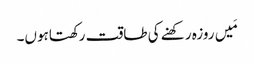
مَیں روزہ رکھنے کی طاقت رکھتاہوں۔